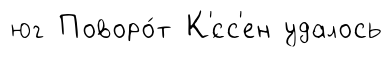
юг Поворо́т К'́сс'ен удалось